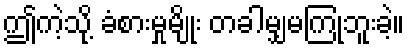
ဤကဲ့သို့ ခံစားမှုမျိုး တခါမျှမကြုံဘူးခဲ့။